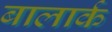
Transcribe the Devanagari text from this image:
बालार्क